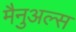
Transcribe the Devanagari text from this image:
मैनुअल्स